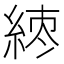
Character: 𬗘